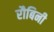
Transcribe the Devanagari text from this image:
रौबिनी